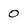
Character: 0